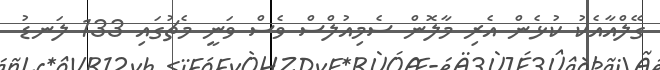
ގޭލްއާއެކު ކުޅެން އެރި މާލޮން ސެމިއުލްސް ވެސް ވަނީ މެޗުގައި 133 ލަނޑު